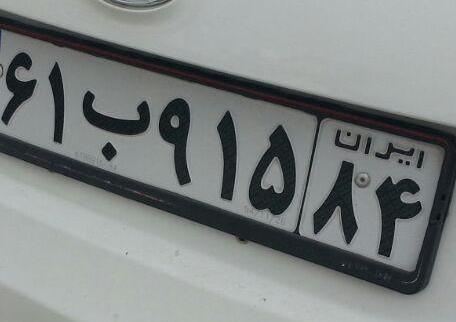
۶۱ب۹۱۵۸۴